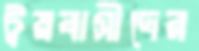
ট্রয়বাসীদের